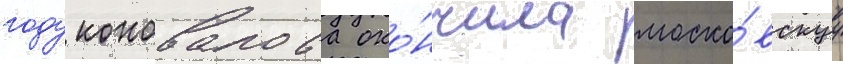
году коновалова око́нчила моско́вскуу